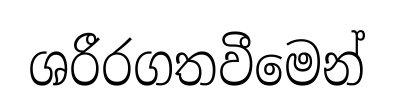
ශරීරගතවීමෙන්